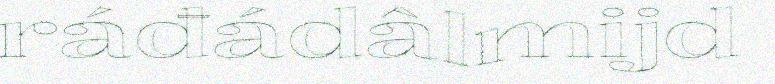
ráđádâlmijd